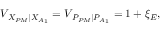
{ { V } _ { \left. { { X } _ { P M } } \right| { { X } _ { { { A } _ { 1 } } } } } } = { { V } _ { \left. { { P } _ { P M } } \right| { { P } _ { { { A } _ { 1 } } } } } } = 1 + { { \xi } _ { E } } ,